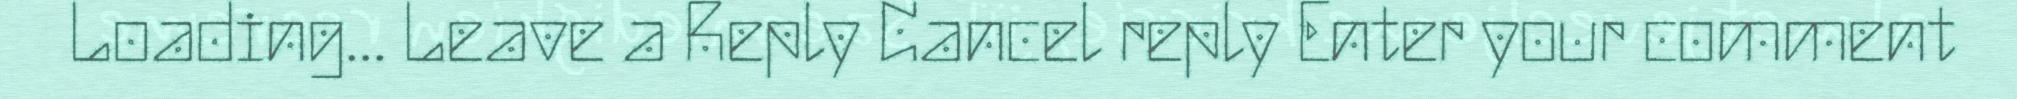
Loading... Leave a Reply Cancel reply Enter your comment